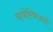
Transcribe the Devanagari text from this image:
बायोस्फिअर्स